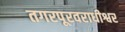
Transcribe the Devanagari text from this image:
तगरपूरवराधीश्वर